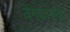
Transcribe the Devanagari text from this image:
वेगवानते